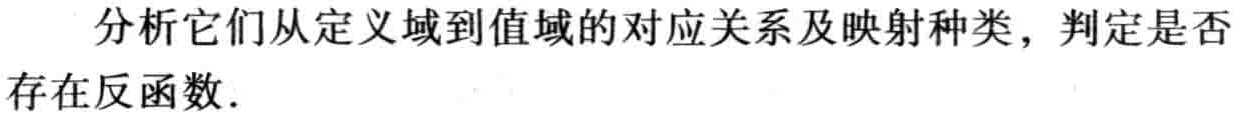
分析它们从定义域到值域的对应关系及映射种类，判定是否

存在反函数.